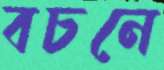
বচনে